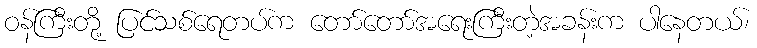
ဝန်ကြီးတို့ ပြင်သစ်ရေတပ်က တော်တော်အရေးကြီးတဲ့အခန်းက ပါနေတယ်၊